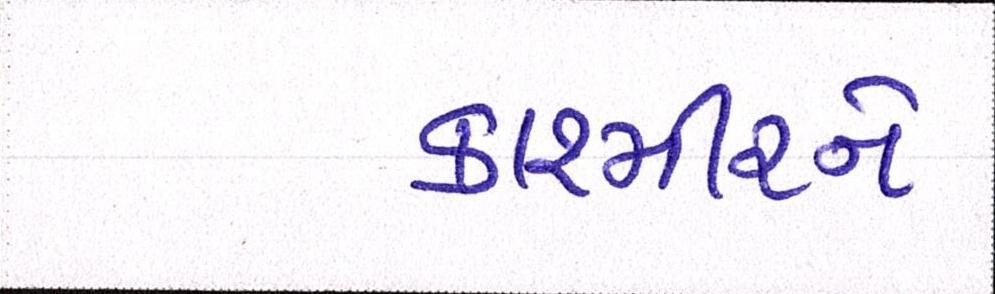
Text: કાશ્મીરને